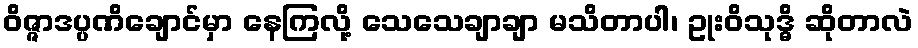
ဝိဇ္ဇာဒပ္ပဏိချောင်မှာ နေကြလို့ သေသေချာချာ မသိတာပါ၊ ဥုးဝိသုဒ္ဓိ ဆိုတာလဲ